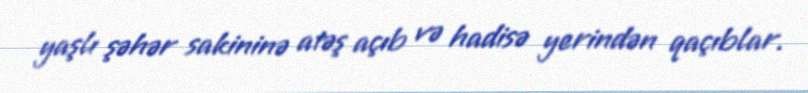
yaşlı şəhər sakininə atəş açıb və hadisə yerindən qaçıblar.